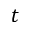
t